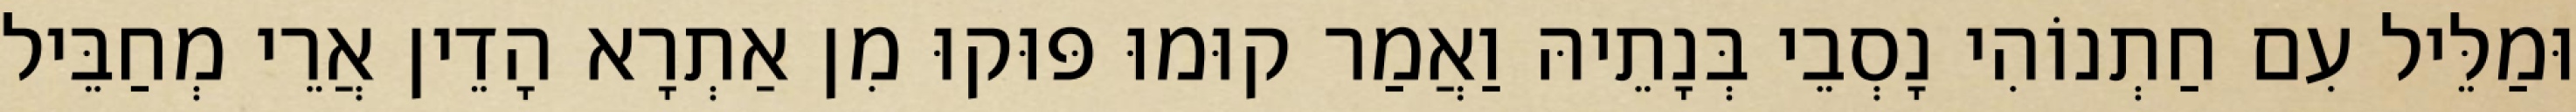
וּמַלֵּיל עִם חַתְנוֹהִי נָסְבֵי בְּנָתֵיהּ וַאֲמַר קוּמוּ פּוּקוּ מִן אַתְרָא הָדֵין אֲרֵי מְחַבֵּיל